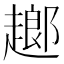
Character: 𧽗